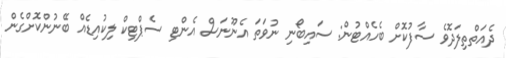
ދެއަތްތިލަދޮވެ ސާފުކޮށް ބެހެއްޓުން: ސައިބޯނި ނުވަތަ އެނޫނަސް އެންޓި ސެޕްޓިކް ލިކުއިޑެއް ބޭނުންކޮށްގެން